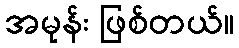
အမုန်း ဖြစ်တယ်။